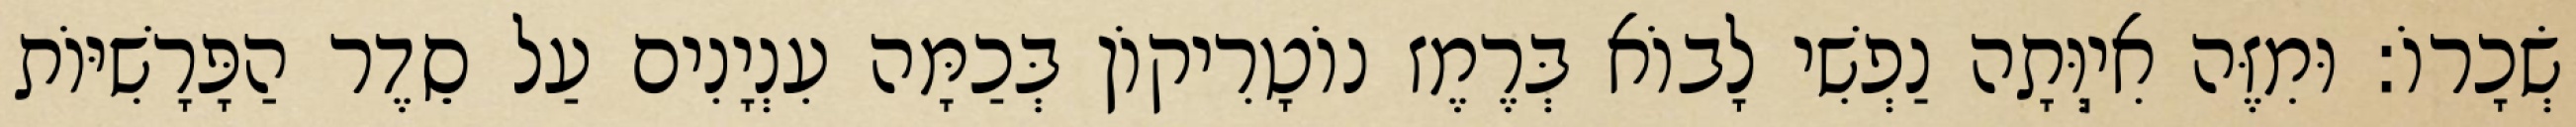
שְׂכָרוֹ: וּמִזֶּה אִיֽוְּתָה נַפְשִׁי לָבוֹא בְּרֶמֶז נוֹטָרִיקוֹן בְּכַמָּה עִנְיָנִים עַל סֵדֶר הַפָּרָשִׁיּוֹת